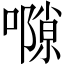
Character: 𡁸